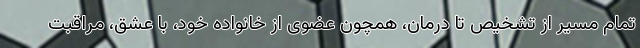
تمام مسیر از تشخیص تا درمان، همچون عضوی از خانواده خود، با عشق، مراقبت